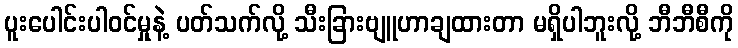
ပူးပေါင်းပါဝင်မှုနဲ့ ပတ်သက်လို့ သီးခြားဗျူဟာချထားတာ မရှိပါဘူးလို့ ဘီဘီစီကို